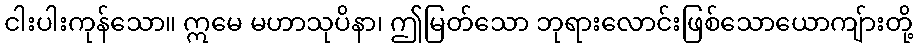
ငါးပါးကုန်သော။ ဣမေ မဟာသုပိနာ၊ ဤမြတ်သော ဘုရားလောင်းဖြစ်သောယောကျ်ားတို့